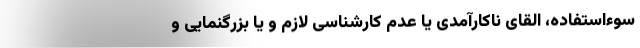
سوءاستفاده، القای ناکارآمدی یا عدم کارشناسی لازم و یا بزرگنمایی و